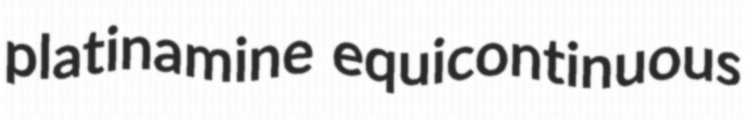
platinamine equicontinuous